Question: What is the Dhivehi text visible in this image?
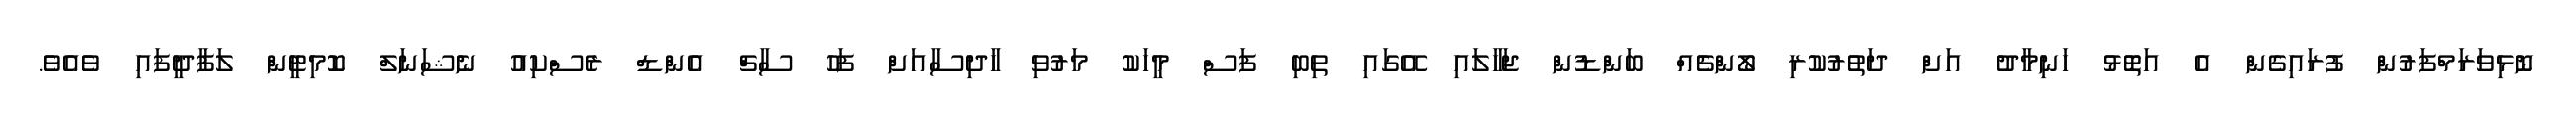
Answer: ނޮޅިވަރަމްފަރުން ފުރައިގެން އެ އަތޮޅު ހަނިމާދު އަށް ދަތުރުކުރި ލޯންޗެއް ބަންޑުން ޖަހާލައި އޭގައި ތިބި ފަސް މީހަކު މަރުވި ހާދިސާއަށް ފަހު ސާޗް އެންޑް ރެސްކިއު ނެޝަނަލް ކޮމިޓީން ލަފާދީފައި ވެއެވެ.